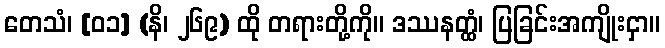
တေသံ၊ [၀၁] (နိ၊ ၂၆၉) ထို တရားတို့ကို။ ဒဿနတ္ထံ၊ ပြခြင်းအကျိုးငှာ။